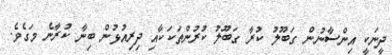
ދީނަކީ އިންސާނުން ގަބޫލު ކުރާ ގަބޫލު ކުރުންތަކަކާއި ދިރިއުޅުން ބިނާ ކުރާނެ މަގެވެ.